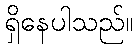
ရှိနေပါသည်။